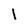
Character: I